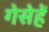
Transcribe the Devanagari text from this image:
गेसेहें